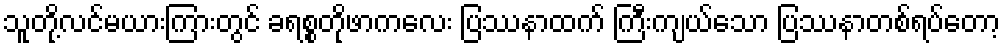
သူတို့လင်မယားကြားတွင် ခရစ္စတိုဖာကလေး ပြဿနာထက် ကြီးကျယ်သော ပြဿနာတစ်ရပ်တော့